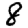
Digit: 8